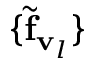
\{ { \widetilde { \bf f } _ { { \bf v } _ { l } } } \}